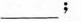
___；